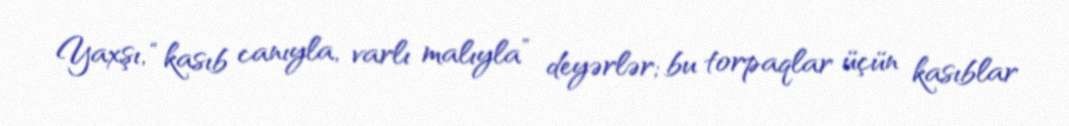
Yaxşı, “kasıb canıyla, varlı malıyla” deyərlər; bu torpaqlar üçün kasıblar